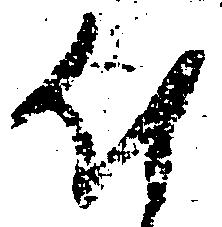
付